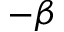
- \beta